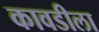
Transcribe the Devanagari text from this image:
कावडीला